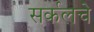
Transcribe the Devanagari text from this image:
सर्कलचे